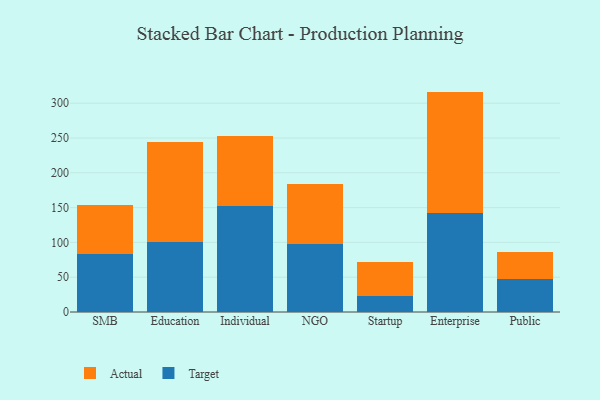
{"axis": {"x": "Segment", "y": "Tickets Resolved"}, "legend": ["Actual", "Target"], "data": [{"x": "SMB", "y": 83.4, "type": "Target"}, {"x": "SMB", "y": 69.8, "type": "Actual"}, {"x": "Education", "y": 100.0, "type": "Target"}, {"x": "Education", "y": 144.8, "type": "Actual"}, {"x": "Individual", "y": 152.0, "type": "Target"}, {"x": "Individual", "y": 100.5, "type": "Actual"}, {"x": "NGO", "y": 97.4, "type": "Target"}, {"x": "NGO", "y": 86.7, "type": "Actual"}, {"x": "Startup", "y": 22.3, "type": "Target"}, {"x": "Startup", "y": 49.9, "type": "Actual"}, {"x": "Enterprise", "y": 142.6, "type": "Target"}, {"x": "Enterprise", "y": 174.1, "type": "Actual"}, {"x": "Public", "y": 46.8, "type": "Target"}, {"x": "Public", "y": 39.7, "type": "Actual"}]}